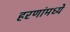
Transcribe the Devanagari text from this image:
हरणांमध्ये